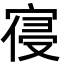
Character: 寑